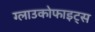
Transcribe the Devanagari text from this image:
ग्लाउकोफाइट्स